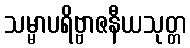
သမ္မာပရိဗ္ဗာဇနီယသုတ္တ